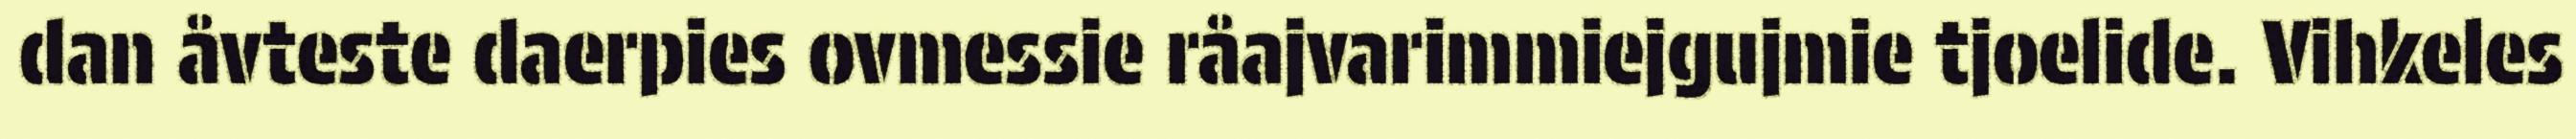
dan åvteste daerpies ovmessie råajvarimmiejgujmie tjoelide. Vihkeles